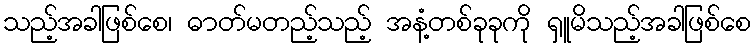
သည့်အခါဖြစ်စေ၊ ဓာတ်မတည့်သည့် အနံ့တစ်ခုခုကို ရှူမိသည့်အခါဖြစ်စေ